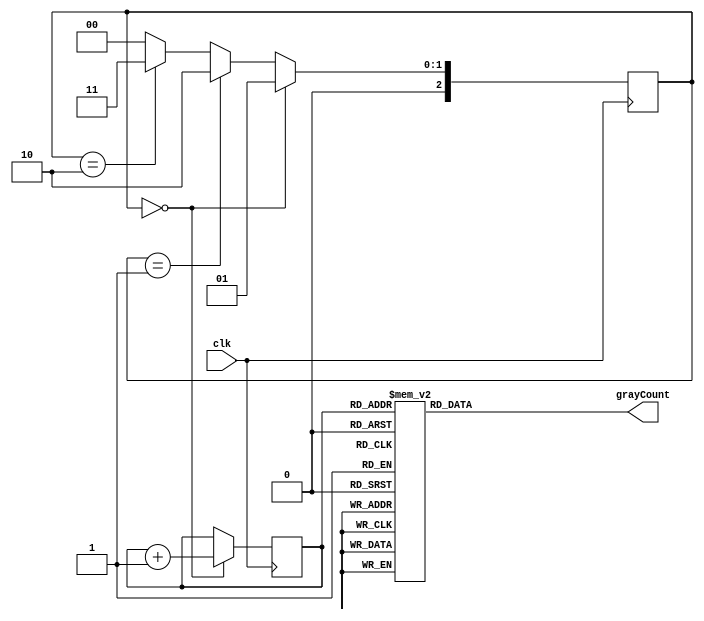
module GrayCounterClockDivider(
    input wire clk,
    output reg [3:0] grayCount
);

reg [3:0] counter;
reg [2:0] syncCount;

always @(posedge clk) begin
    if (syncCount == 3'b000) begin
        counter <= counter + 1;
        syncCount <= 3'b001;
    end else if (syncCount == 3'b001) begin
        syncCount <= 3'b010;
    end else if (syncCount == 3'b010) begin
        syncCount <= 3'b011;
    end else begin
        syncCount <= 3'b000;
    end
end

always @(*) begin
    case(counter)
        4'b0000: grayCount = 4'b0000;
        4'b0001: grayCount = 4'b0001;
        4'b0011: grayCount = 4'b0010;
        4'b0010: grayCount = 4'b0011;
        4'b0110: grayCount = 4'b0100;
        4'b0111: grayCount = 4'b0101;
        4'b0101: grayCount = 4'b0110;
        4'b0100: grayCount = 4'b0111;
        4'b1100: grayCount = 4'b1000;
        4'b1101: grayCount = 4'b1001;
        4'b1111: grayCount = 4'b1010;
        4'b1110: grayCount = 4'b1011;
        4'b1010: grayCount = 4'b1100;
        4'b1011: grayCount = 4'b1101;
        4'b1001: grayCount = 4'b1110;
        4'b1000: grayCount = 4'b1111;
        default: grayCount = 4'b0000;
    endcase
end

endmodule